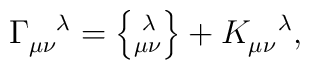
\Gamma _{\mu \nu }^{\,\,\,\,\,\,\,\lambda }=\left\{ _{\mu \nu }^{\,\,\lambda}\right\} +K_{\mu \nu }^{\,\,\,\,\,\,\,\lambda },